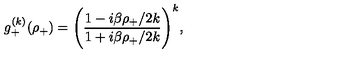
g _ { + } ^ { ( k ) } ( \rho _ { + } ) = \Biggl ( \frac { 1 - { i \beta \rho _ { + } } / { 2 k } } { 1 + { i \beta \rho _ { + } } / { 2 k } } \Biggr ) ^ { k } ,